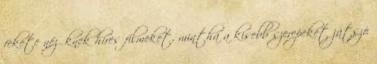
fekete nézőknek híres filmeket, mintha a kisebb szerepeket játszó